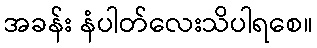
အခန်း နံပါတ်လေးသိပါရစေ။